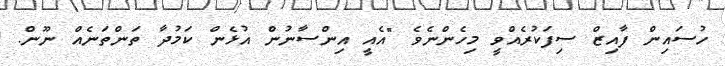
ހުސައިން ފާއިޒް ސިފަކުރެއްވީ މިހެންނެވެ "އެއީ އިންސާނުން އުޅެން ކަމުދާ ތަންތަނެއް ނޫން.